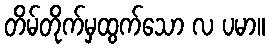
တိမ်တိုက်မှထွက်သော လ ပမာ။